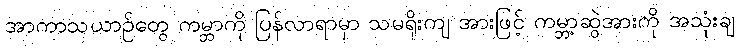
အာကာသယာဉ်တွေ ကမ္ဘာကို ပြန်လာရာမှာ သမရိုးကျ အားဖြင့် ကမ္ဘာ့ဆွဲအားကို အသုံးချ